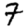
Digit: 7